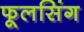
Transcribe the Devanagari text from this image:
फूलसिंग